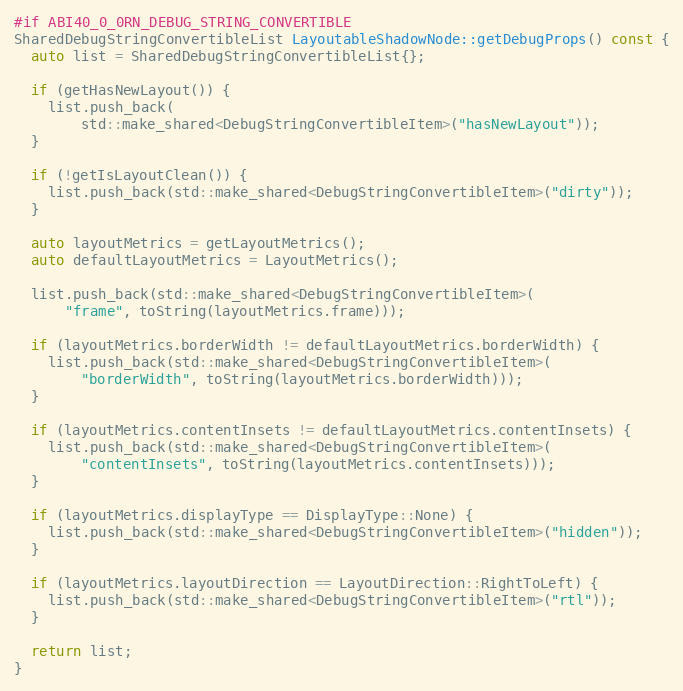
Language: C++
#if ABI40_0_0RN_DEBUG_STRING_CONVERTIBLE
SharedDebugStringConvertibleList LayoutableShadowNode::getDebugProps() const {
  auto list = SharedDebugStringConvertibleList{};

  if (getHasNewLayout()) {
    list.push_back(
        std::make_shared<DebugStringConvertibleItem>("hasNewLayout"));
  }

  if (!getIsLayoutClean()) {
    list.push_back(std::make_shared<DebugStringConvertibleItem>("dirty"));
  }

  auto layoutMetrics = getLayoutMetrics();
  auto defaultLayoutMetrics = LayoutMetrics();

  list.push_back(std::make_shared<DebugStringConvertibleItem>(
      "frame", toString(layoutMetrics.frame)));

  if (layoutMetrics.borderWidth != defaultLayoutMetrics.borderWidth) {
    list.push_back(std::make_shared<DebugStringConvertibleItem>(
        "borderWidth", toString(layoutMetrics.borderWidth)));
  }

  if (layoutMetrics.contentInsets != defaultLayoutMetrics.contentInsets) {
    list.push_back(std::make_shared<DebugStringConvertibleItem>(
        "contentInsets", toString(layoutMetrics.contentInsets)));
  }

  if (layoutMetrics.displayType == DisplayType::None) {
    list.push_back(std::make_shared<DebugStringConvertibleItem>("hidden"));
  }

  if (layoutMetrics.layoutDirection == LayoutDirection::RightToLeft) {
    list.push_back(std::make_shared<DebugStringConvertibleItem>("rtl"));
  }

  return list;
}